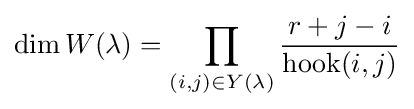
\dim W(\lambda )=\prod _{(i,j)\in Y(\lambda )}{\frac {r+j-i}{\operatorname {hook} (i,j)}}